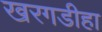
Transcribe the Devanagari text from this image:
खरगडीहा